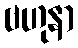
ဗဟုနာ